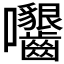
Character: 𡆟